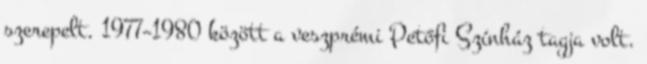
szerepelt. 1977–1980 között a veszprémi Petőfi Színház tagja volt.